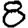
Digit: 8